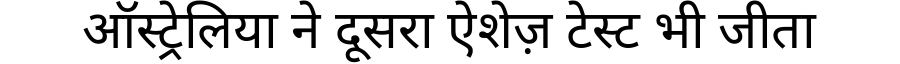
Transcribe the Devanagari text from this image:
ऑस्ट्रेलिया ने दूसरा ऐशेज़ टेस्ट भी जीता